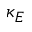
\kappa _ { E }